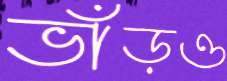
ভাঁড়ও